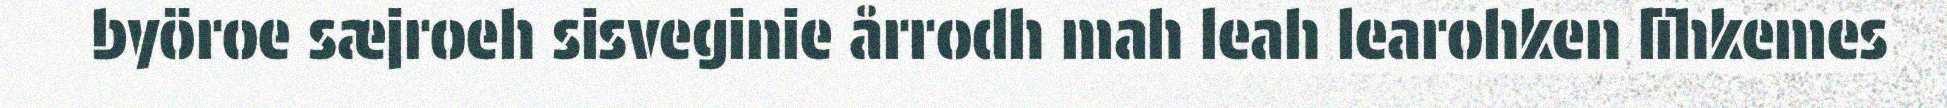
byöroe sæjroeh sisveginie årrodh mah leah learohken lïhkemes